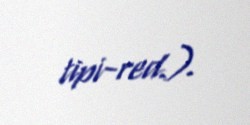
tipi-red.).